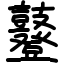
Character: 鼟